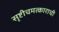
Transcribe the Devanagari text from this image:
सृष्टीचमत्काराची